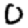
Digit: 0